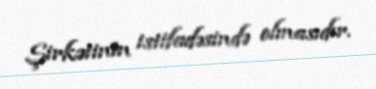
Şirkətinin istifadəsində olmasıdır.